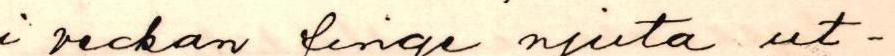
i veckan finge njuta ut-